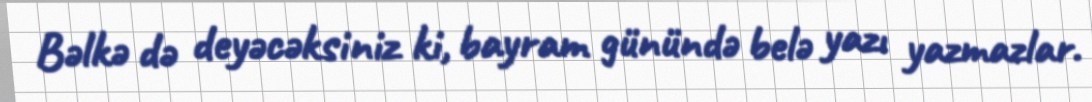
Bəlkə də deyəcəksiniz ki, bayram günündə belə yazı yazmazlar.